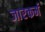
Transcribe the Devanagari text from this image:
जारकर्म